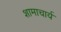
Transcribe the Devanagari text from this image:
शामाचार्य